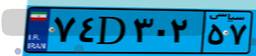
۸۱D۱۲۸۸۳